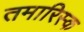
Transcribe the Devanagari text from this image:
तमारिस्क